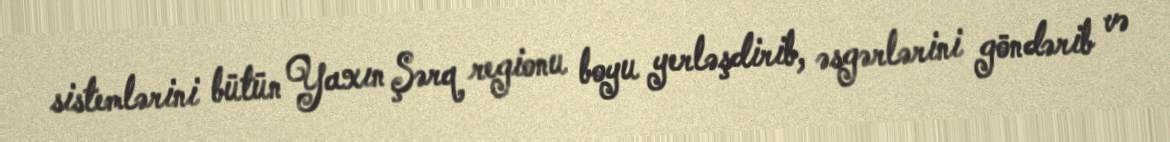
sistemlərini bütün Yaxın Şərq regionu boyu yerləşdirib, əsgərlərini göndərib və